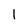
Character: 1